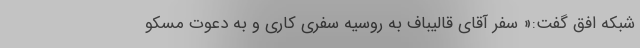
شبکه افق گفت:« سفر آقای قالیباف به روسیه سفری کاری و به دعوت مسکو